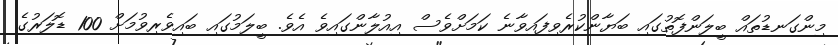
މިންގަނޑުތައް ބީލަންފޮތުގައި ބަޔާންކުރެވިފައިވާނެ ކަމަށްވެސް އިއުލާންގައިވެ އެވެ. ބީލަމުގައި ބައިވެރިވުމަށް 100 ޑޮލަރުގެ